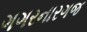
ગગરનારગજ